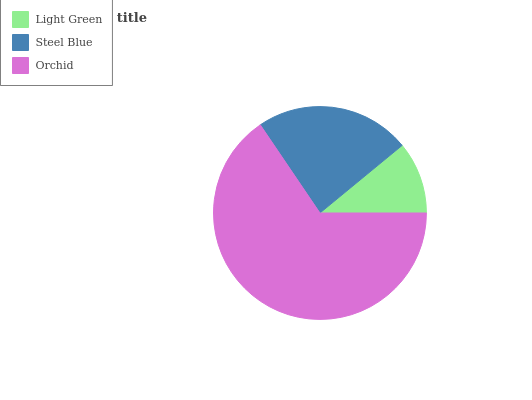
| Light Green | Steel Blue | Orchid |
 | --- | --- | --- |
 | 10.9% | 23.5% | 65.5% |